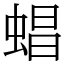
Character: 䗉